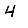
Digit: 4